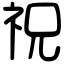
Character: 祝